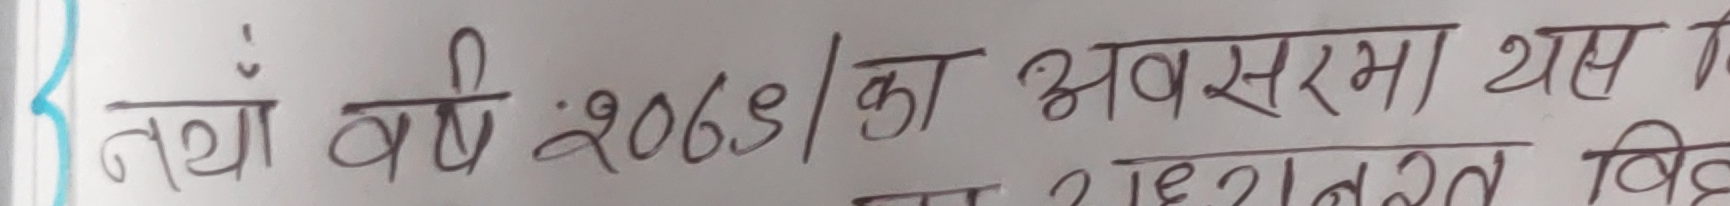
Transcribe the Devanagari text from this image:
तथा वर्ष २०७९/का अवसरमा यस वि